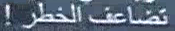
تضافع الخطر!